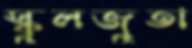
স্কুলজুতা